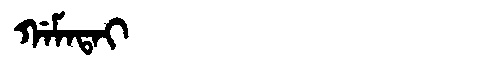
Manchu: ᡤᠠᠮᠠᡨᠠᡳ
Romanization: GAMATAI